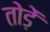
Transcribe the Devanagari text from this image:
तोड़ें